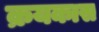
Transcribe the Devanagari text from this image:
क्रयकास